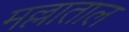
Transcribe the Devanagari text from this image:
मल्लाताल